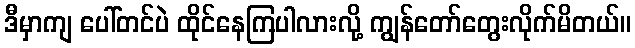
ဒီမှာကျ ပေါ်တင်ပဲ ထိုင်နေကြပါလားလို့ ကျွန်တော်တွေးလိုက်မိတယ်။